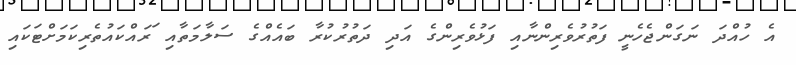
އެ ހުއްދަ ނަގަންޖެހެނީ ފަތުރުވެރިންނާއި ފަޅުވެރިންގެ އަދި ދަތުރުކުރާ ބައެއްގެ ސަލާމަތާއި ަރައްކައުތެރިކަމަށްޓަކައި